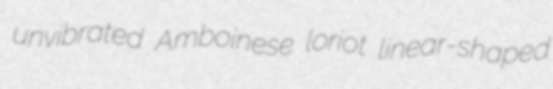
unvibrated Amboinese loriot linear-shaped